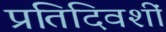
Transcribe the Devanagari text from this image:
प्रतिदिवशीं